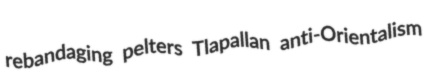
rebandaging pelters Tlapallan anti-Orientalism